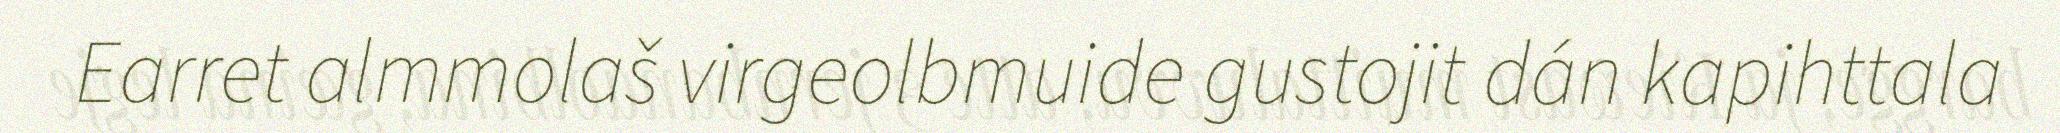
Earret almmolaš virgeolbmuide gustojit dán kapihttala